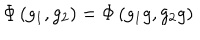
\Phi \left( g _ { 1 } , g _ { 2 } \right) = \Phi \left( g _ { 1 } g , g _ { 2 } g \right)